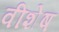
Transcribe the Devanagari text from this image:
वीशेष